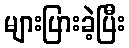
များပြားခဲ့ပြီး